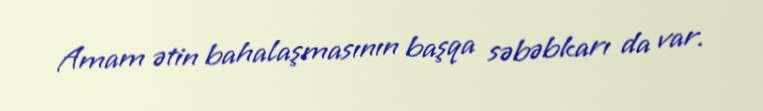
Amam ətin bahalaşmasının başqa səbəbkarı da var.